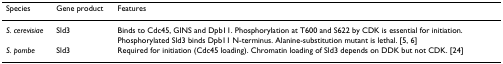
<table><thead><tr><td><b>Species</b></td><td><b>Gene product</b></td><td><b>Features</b></td></tr></thead><tbody><tr><td><i>S. cerevisiae</i></td><td>Sld3</td><td>Binds to Cdc45, GINS and Dpb11. Phosphorylation at T600 and S622 by CDK is essential for initiation. Phosphorylated Sld3 binds Dpb11 N-terminus. Alanine-substitution mutant is lethal. [5, 6]</td></tr><tr><td><i>S. pombe</i></td><td>Sld3</td><td>Required for initiation (Cdc45 loading). Chromatin loading of Sld3 depends on DDK but not CDK. [24]</td></tr></tbody></table>